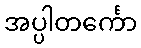
အပ္ပါတင်္ကော